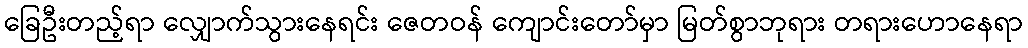
ခြေဦးတည့်ရာ လျှောက်သွားနေရင်း ဇေတဝန် ကျောင်းတော်မှာ မြတ်စွာဘုရား တရားဟောနေရာ